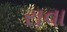
રાવા